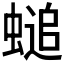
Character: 𧏴